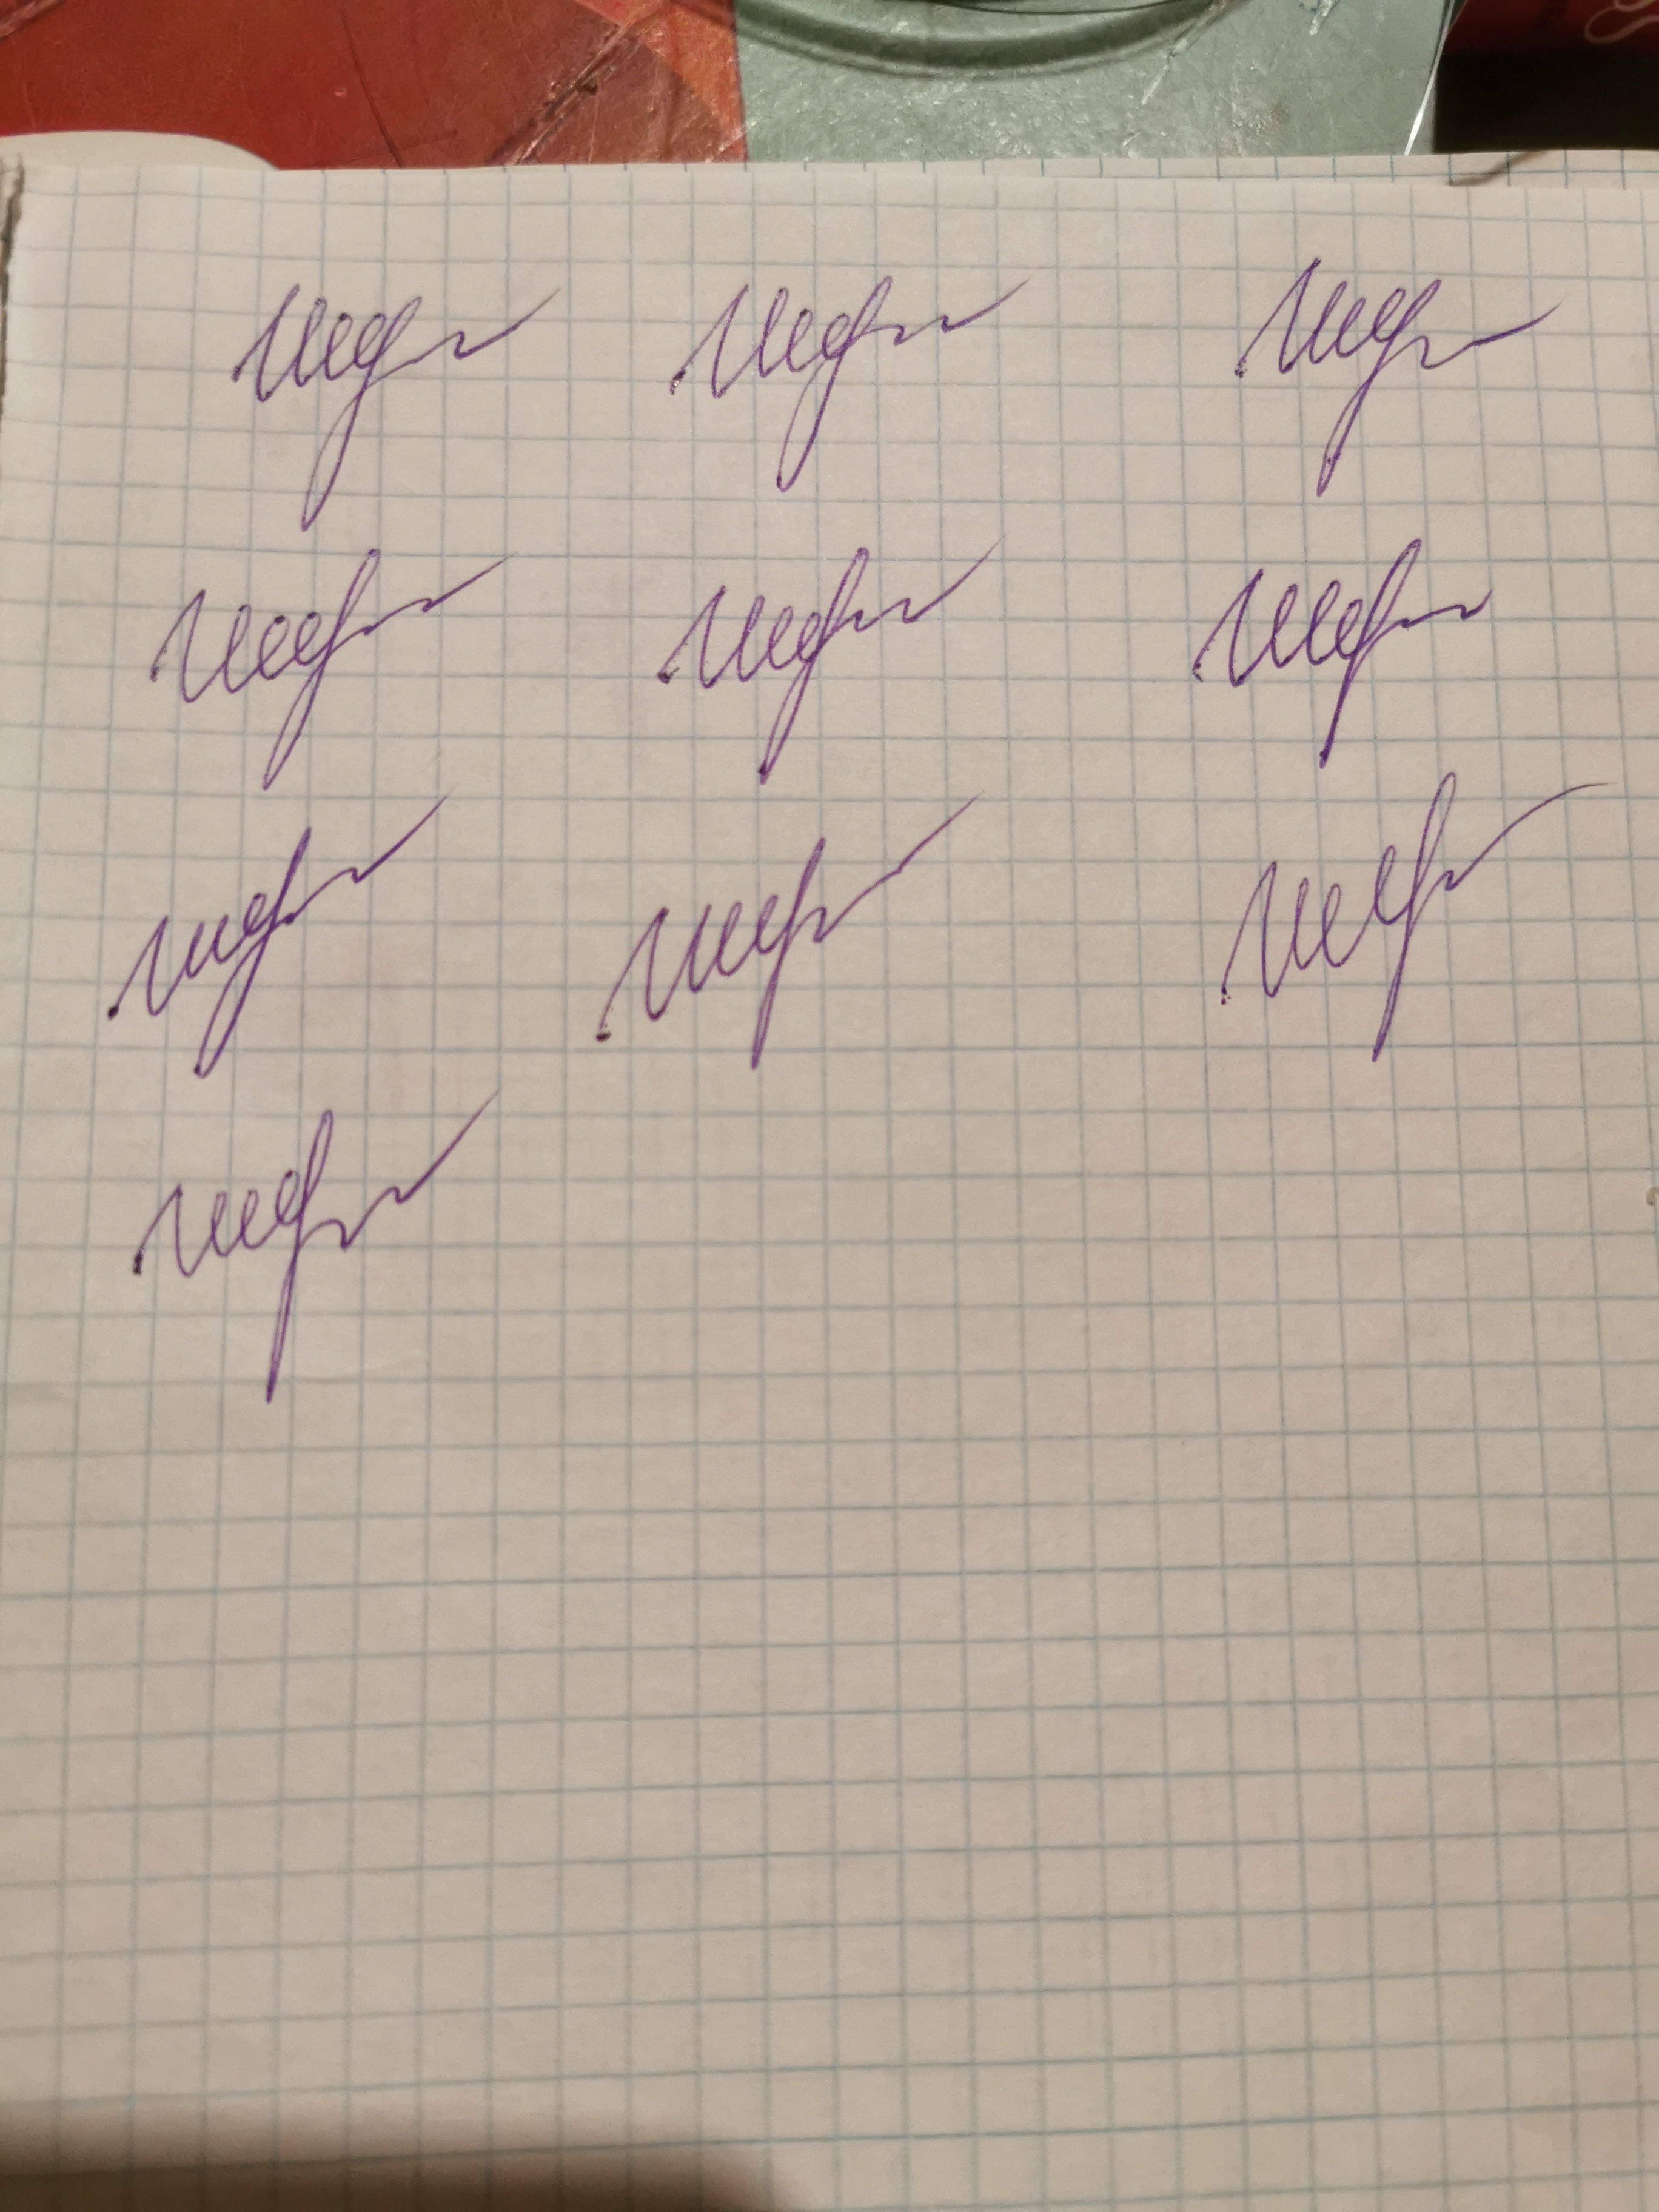
Signature authenticity: genuine